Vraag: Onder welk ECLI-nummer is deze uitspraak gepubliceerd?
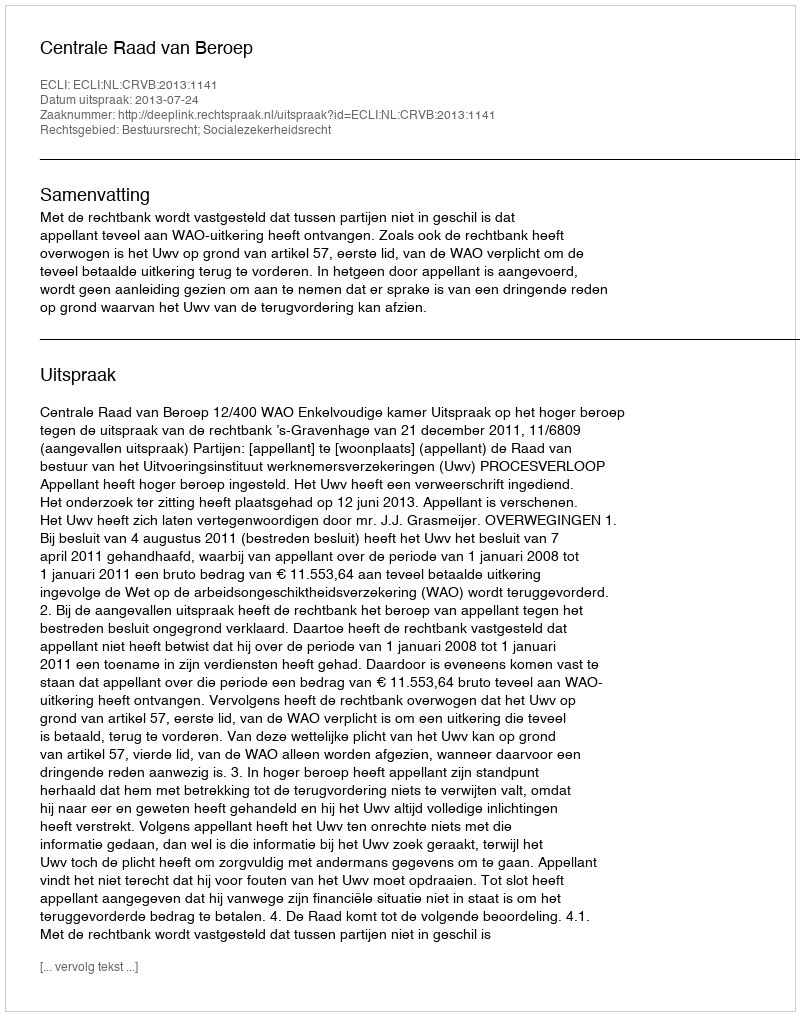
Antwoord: ECLI:NL:CRVB:2013:1141